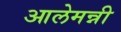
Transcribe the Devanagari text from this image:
आलेमन्नी